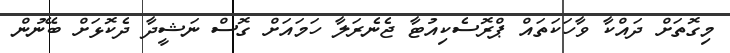
މިގޮތަށް ދައްކާ ވާހަކަތައް ޕްރޮސެކިއުޓާ ޖެނެރަލާ ހަމައަށް ގޮސް ނަޝީދާ ދެކޮޅަށް ބޭނުން